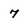
Character: 7